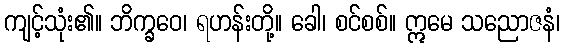
ကျင့်သုံး၏။ ဘိက္ခဝေ၊ ရဟန်းတို့။ ခေါ၊ စင်စစ်။ ဣမေ သညောဇနံ၊